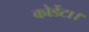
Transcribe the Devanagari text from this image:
कोर्डेटा।